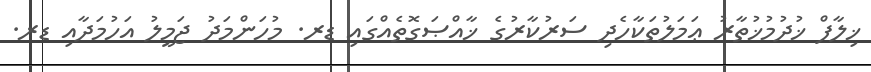
ޚިލާފް ޚުދުމުޚުތާރު ޢަމަލުތަކާހެދި ސަރުކާރުގެ ޚާއްޞަގޮތެއްގައި ޑރ. މުހަންމަދު ޖަމީލު އަހުމަދާއި ޑރ.